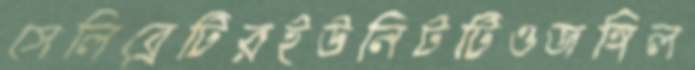
সেলিব্রেটিরইউনিটটিওজঙ্গিল